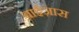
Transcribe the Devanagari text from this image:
बाईज़ास